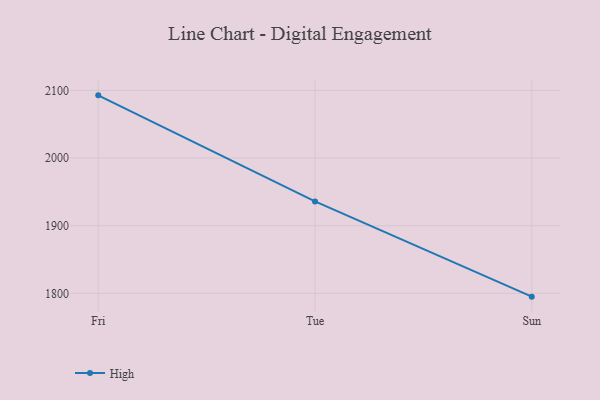
{"axis": {"x": "Day", "y": "Energy Usage (MWh)"}, "legend": ["High"], "data": [{"x": "Fri", "y": 2092.7, "type": "High"}, {"x": "Tue", "y": 1936.0, "type": "High"}, {"x": "Sun", "y": 1795.2, "type": "High"}]}